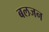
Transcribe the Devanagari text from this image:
बलजन